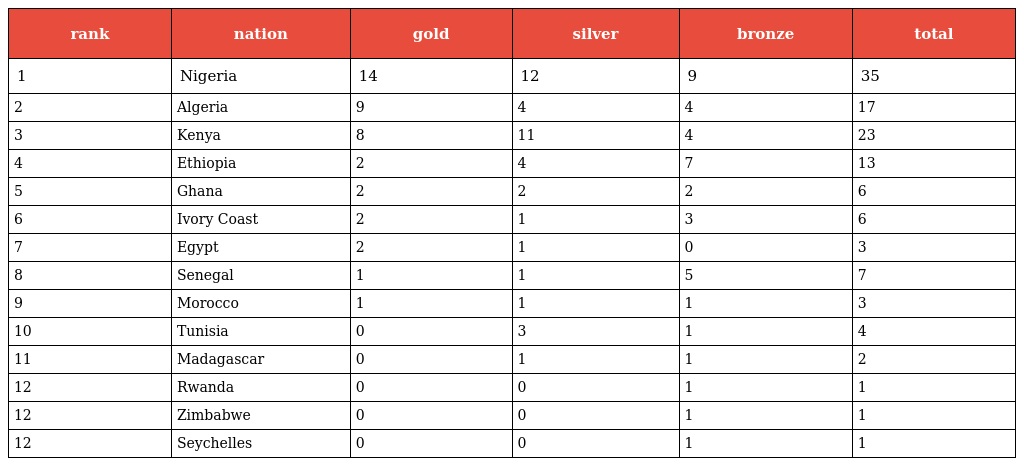
| rank | nation | gold | silver | bronze | total |
 | --- | --- | --- | --- | --- | --- |
 | 1 | Nigeria | 14 | 12 | 9 | 35 |
 | 2 | Algeria | 9 | 4 | 4 | 17 |
 | 3 | Kenya | 8 | 11 | 4 | 23 |
 | 4 | Ethiopia | 2 | 4 | 7 | 13 |
 | 5 | Ghana | 2 | 2 | 2 | 6 |
 | 6 | Ivory Coast | 2 | 1 | 3 | 6 |
 | 7 | Egypt | 2 | 1 | 0 | 3 |
 | 8 | Senegal | 1 | 1 | 5 | 7 |
 | 9 | Morocco | 1 | 1 | 1 | 3 |
 | 10 | Tunisia | 0 | 3 | 1 | 4 |
 | 11 | Madagascar | 0 | 1 | 1 | 2 |
 | 12 | Rwanda | 0 | 0 | 1 | 1 |
 | 12 | Zimbabwe | 0 | 0 | 1 | 1 |
 | 12 | Seychelles | 0 | 0 | 1 | 1 |